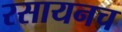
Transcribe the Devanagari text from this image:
रसायनच